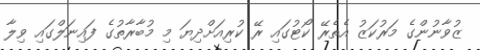
ޒުވާނުންގެ މަރުކަޒު އެތެރޭ ކޯޓުގައި ރޭ ކުރިއަށްދިޔަ މި މުބާރާތުގެ ފައިނަލްގައި ވިލާ